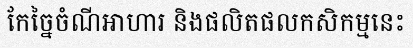
កែច្នៃចំណីអាហារ និងផលិតផលកសិកម្មនេះ